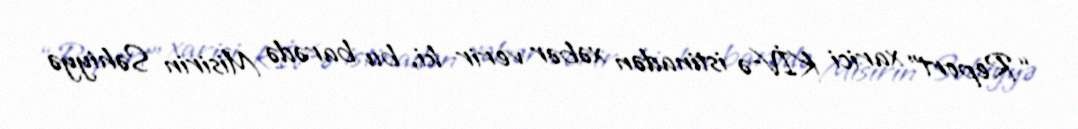
“Report” xarici KİV-ə istinadən xəbər verir ki, bu barədə Misirin Səhiyyə